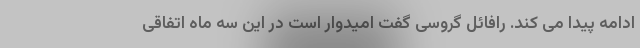
ادامه پیدا می کند. رافائل گروسی گفت امیدوار است در این سه ماه اتفاقی